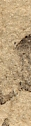
aussi